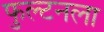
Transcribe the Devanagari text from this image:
फुल्टनला